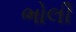
ભોલી